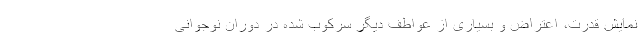
نمایش قدرت، اعتراض و بسیاری از عواطف دیگر سرکوب شده در دوران نوجوانی